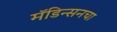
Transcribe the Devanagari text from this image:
मॅडिन्सनचा